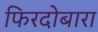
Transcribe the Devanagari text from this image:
फिरदोबारा